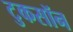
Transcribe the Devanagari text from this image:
टुकसॉन